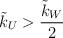
LaTeX: \begin{align*} \tilde{k}_U> \frac{\tilde{k}_W}{2}\end{align*}